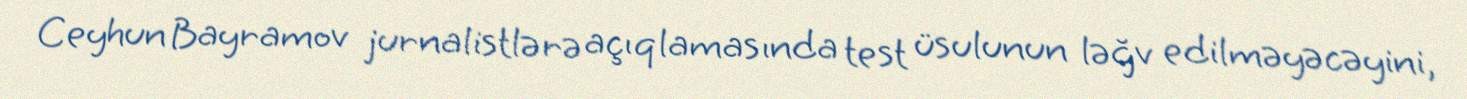
Ceyhun Bayramov jurnalistlərə açıqlamasında test üsulunun ləğv edilməyəcəyini,